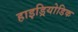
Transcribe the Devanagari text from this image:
हाइड्रियोडिक